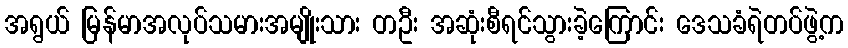
အရွယ် မြန်မာအလုပ်သမားအမျိုးသား တဦး အဆုံးစီရင်သွားခဲ့ကြောင်း ဒေသခံရဲတပ်ဖွဲ့က